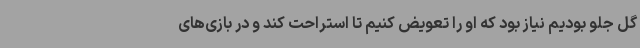
گل جلو بودیم نیاز بود که او را تعویض کنیم تا استراحت کند و در بازی‌های